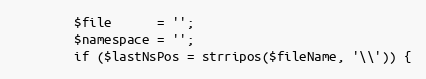
Language: PHP
        $file      = '';
        $namespace = '';
        if ($lastNsPos = strripos($fileName, '\\')) {